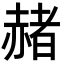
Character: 赭